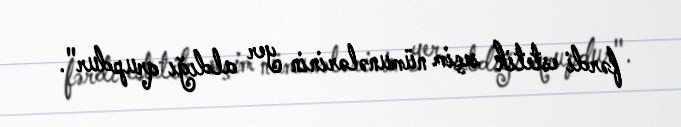
fərdi estetik seçim nümunələrinin yer aldığı qrupdur".